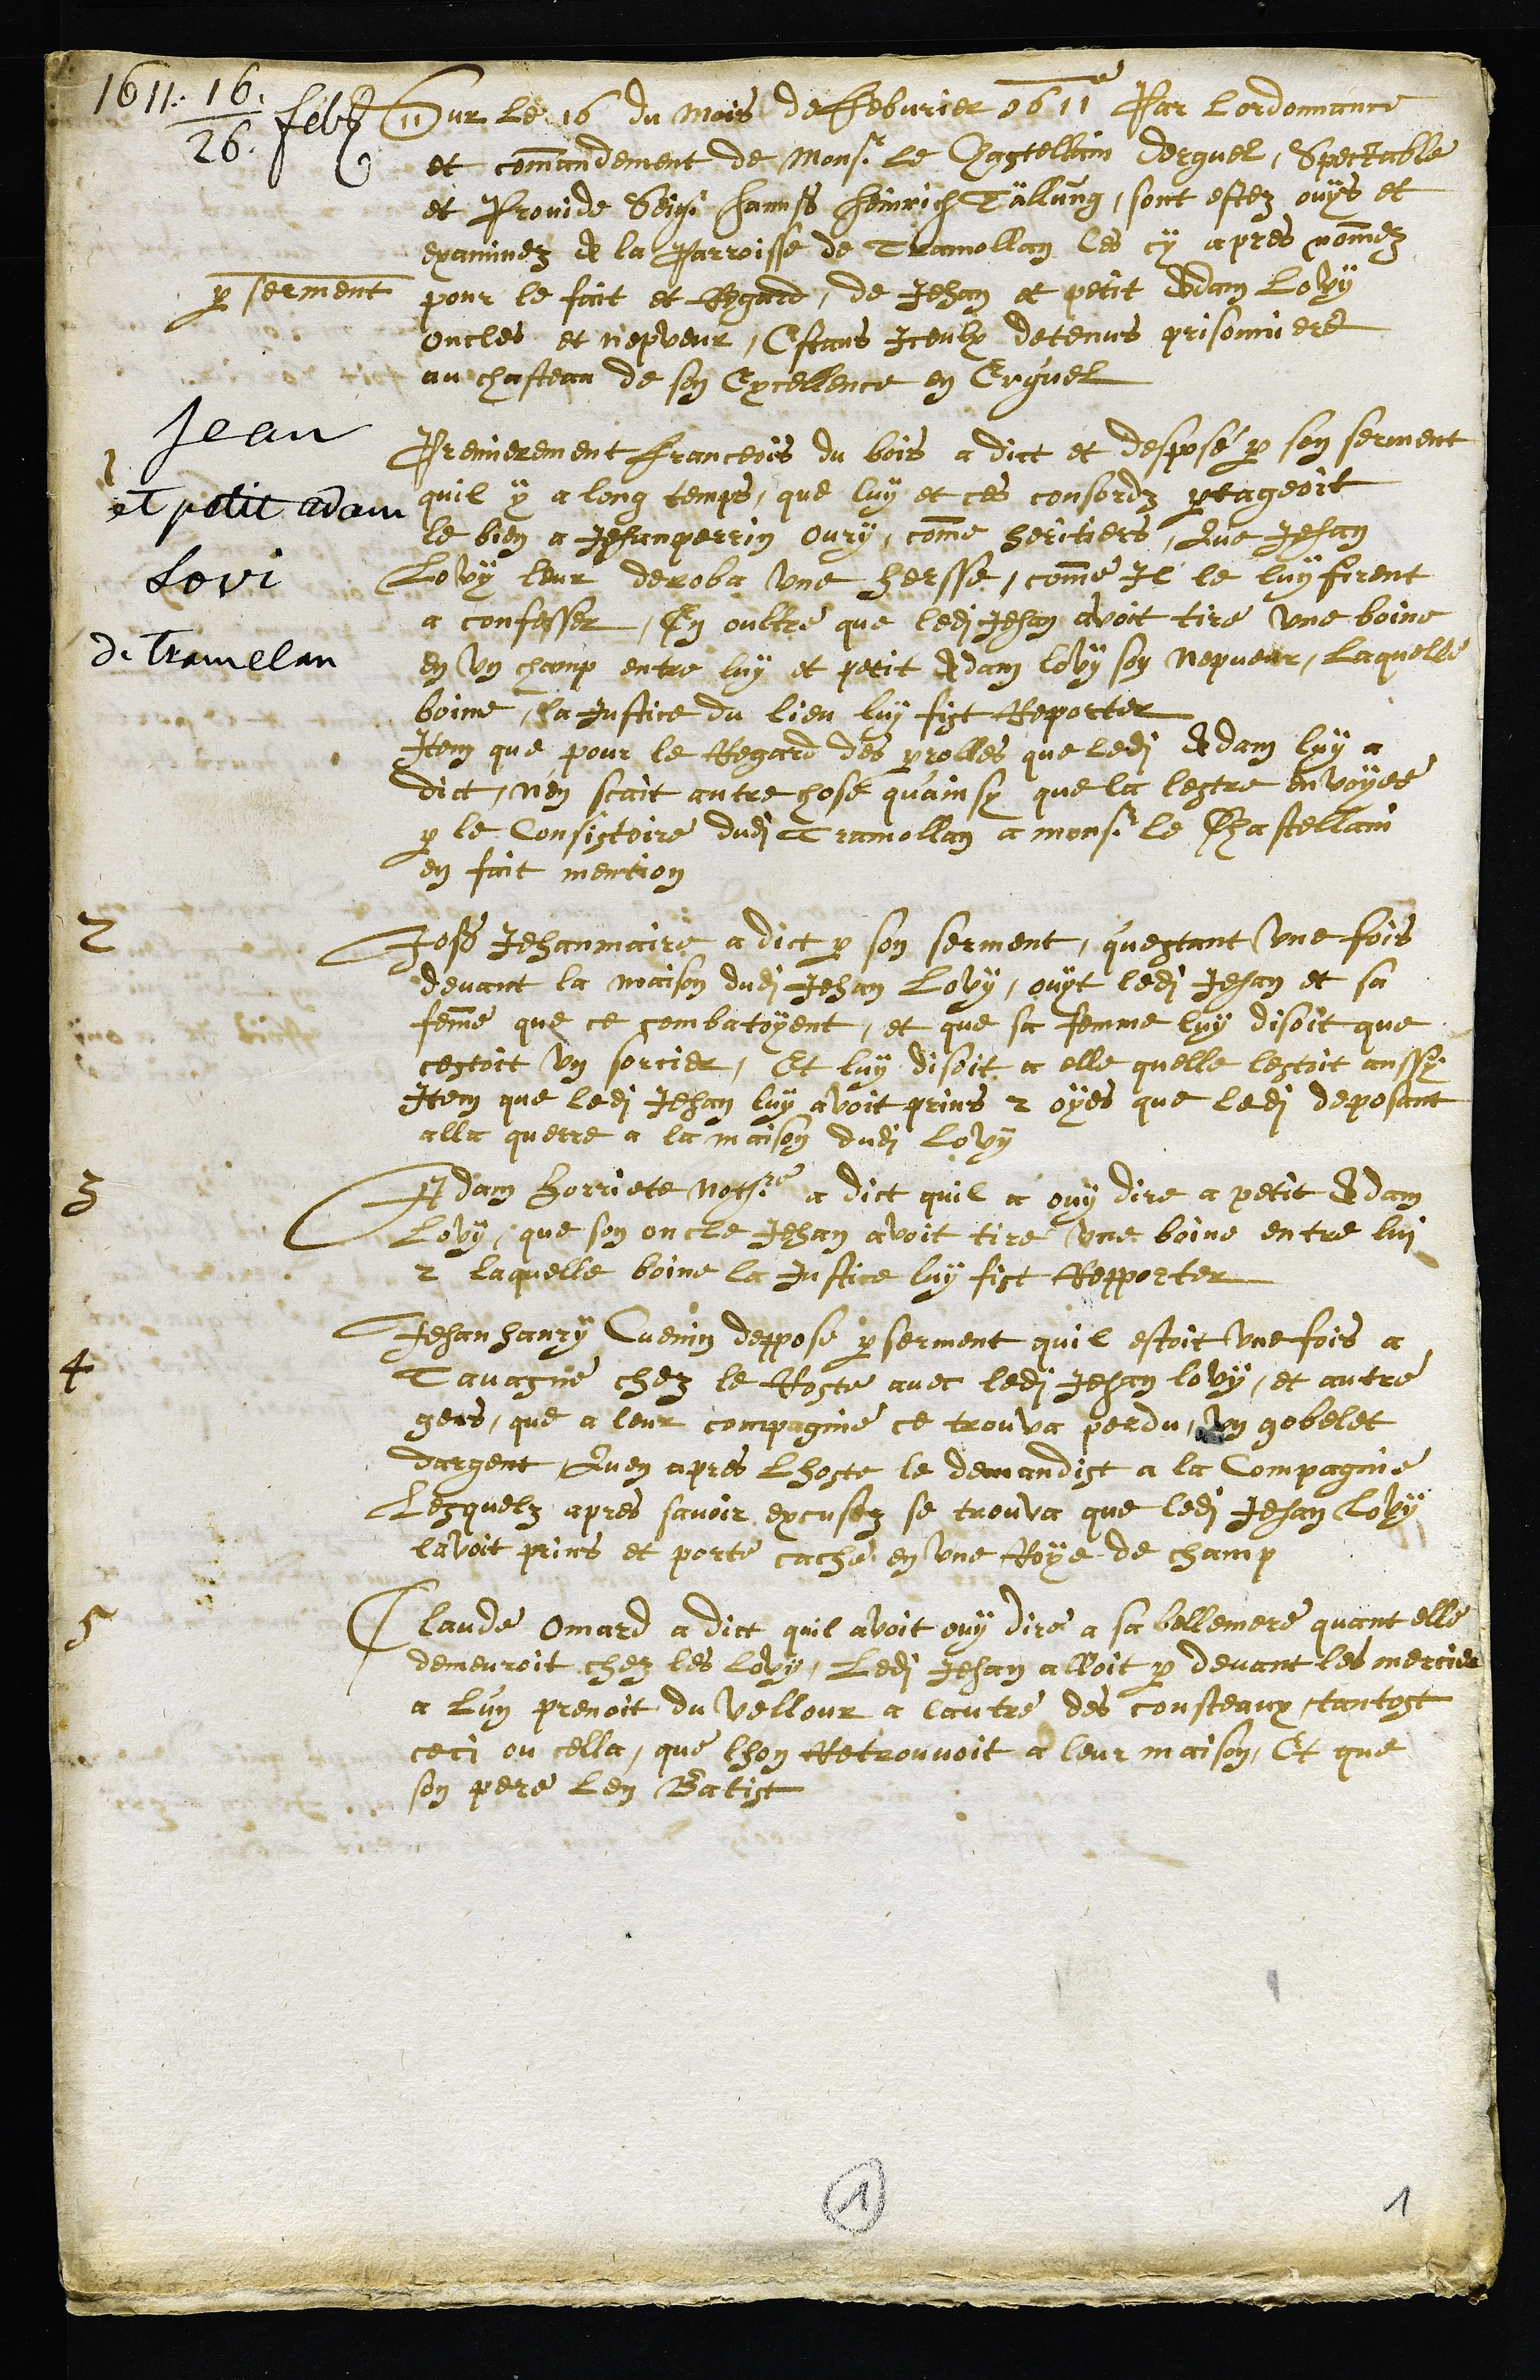
Jean
et petit Adam
Lovi
de Tramelan
1611. 16 / 26 feb.
Sur le 16 du mois de febvrier 1611 Par lordonnance
et commandement de Monsr le Chastellain Derguel, Spectable
et Provide Seigr Hannß Heinrich Tällung, sont estez ouys et
examinez de la Parroisse de Tremollan les cy apres nommez
par serment pour le fait et Regard de Jehan et petit Adam Lovy
oncles et nepveur, Estans Iceulx detenus prisonniers
au chasteau de son Excellence en Erguel
Premierement Franceois du bois a dict et desposé par son serment
quil y a long temps, que luy et ces consordz partageoit
le bien a Jehan perrin Oury, comme heritiers, Que Jehan
Lovy leur deroba une hersse, comme Il le luy firent
a confesser, En oultre que ledit Jehan avoit tire une boine
en un champ entre luy et petit Adam Lovy son nepveur, laquelle
boine, la Justice du lieu luy fist Reporter
Item que pour le Regard des parolles que ledit Adam luy a
dict, nen scait autre chose qu'ainsy que la lestre envoyee
par le Consistoire dudit Tramollan a Monsr le Chastellain
en fait mention
2 Joß Jehanmaire a dict par son serment, questant une fois
devant la maison dudit Jehan Lovy, ouyt ledit Jehan et sa
femme que ce combatoyent, et que sa femme luy disoit que
cestoit un sorcier, Et luy disoit a elle quelle lestoit aussy
Item que ledit Jehan luy avoit prins 2 oyes que ledit deposant
alla querre a la maison dudit Lovy
3 Adam Horriete Notaire a dict quil a ouy dire a petit Adam
Lovy que son oncle Jehan avoit tire une boine entre lui
2 laquelle boine la Justice luy fist Repporter
4 Jehan Hanry Cuenin deppose par serment quil estoit une fois a
Tavasne chez le Roste avec ledit Jehan Lovy, et autre
gens, que a leur compagnie ce trouva perdu un gobelet
dargent Quen apres lhoste le demandist a la Compagnie
Lesquelz apres savoir excusez se trouva que ledit Jehan Lovy
lavoit prins et porte cache en une Roye de champ
5 Claude Omard a dict quil avoit ouy dire a sa bellemere quant elle
demeuroit chez les Lovy, Ledit Jehan alloit par devant les mercier
a L'un prenoit du vellour a lautre des cousteaux, tantost
ceci ou cella, que lhon retrouvoit a leur maison, Et que
son pere len Batist
1
1